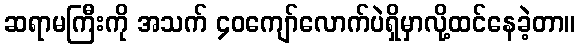
ဆရာမကြီးကို အသက် ၄၀ကျော်လောက်ပဲရှိမှာလို့ထင်နေခဲ့တာ။